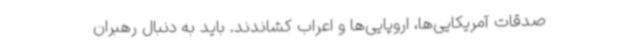
صدقات آمریکایی‌ها، اروپایی‌ها و اعراب کشاندند. باید به دنبال رهبران